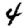
Digit: 4